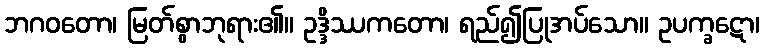
ဘဂဝတော၊ မြတ်စွာဘုရား၏။ ဥဒ္ဒိဿကတော၊ ရည်၍ပြုအပ်သော။ ဥပက္ခဋော၊